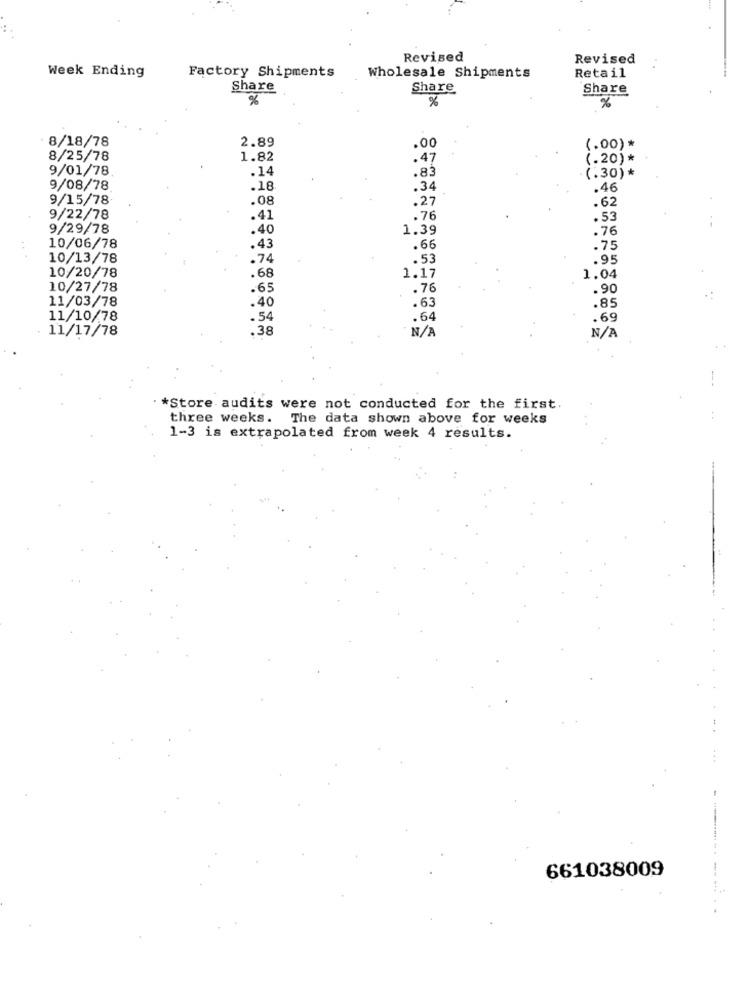
Revised
Revised
Week Ending
Factory Shipments
Wholesale Shipments
Retail
Share
Share
Share
%
%
%
· 8/18/78
2.89
.00
(.00) *
8/25/78
1.82
.47
(.20) *
9/01/78
.14
.83
(.30) *
9/08/78.
.18
.34
.46
9/15/78
.08
.27
.62
9/22/78
.41
.76
.53
9/29/78
.40
1.39
.76
10/06/78
.43
.66
.75
10/13/78
.74
.53
.95
10/20/78
.68
1.17
1.04
10/27/78
.65
.76
.90
11/03/78
.63
.40
.85
11/10/78
.54
.64
.69
11/17/78
.38
--
*Store audits were not conducted for the first.
three weeks. The data shown above for weeks
1-3 is extrapolated from week 4 results.
661038009